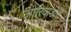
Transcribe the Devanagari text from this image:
ओरियाडोरी